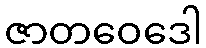
ဇာတဝေဒေါ